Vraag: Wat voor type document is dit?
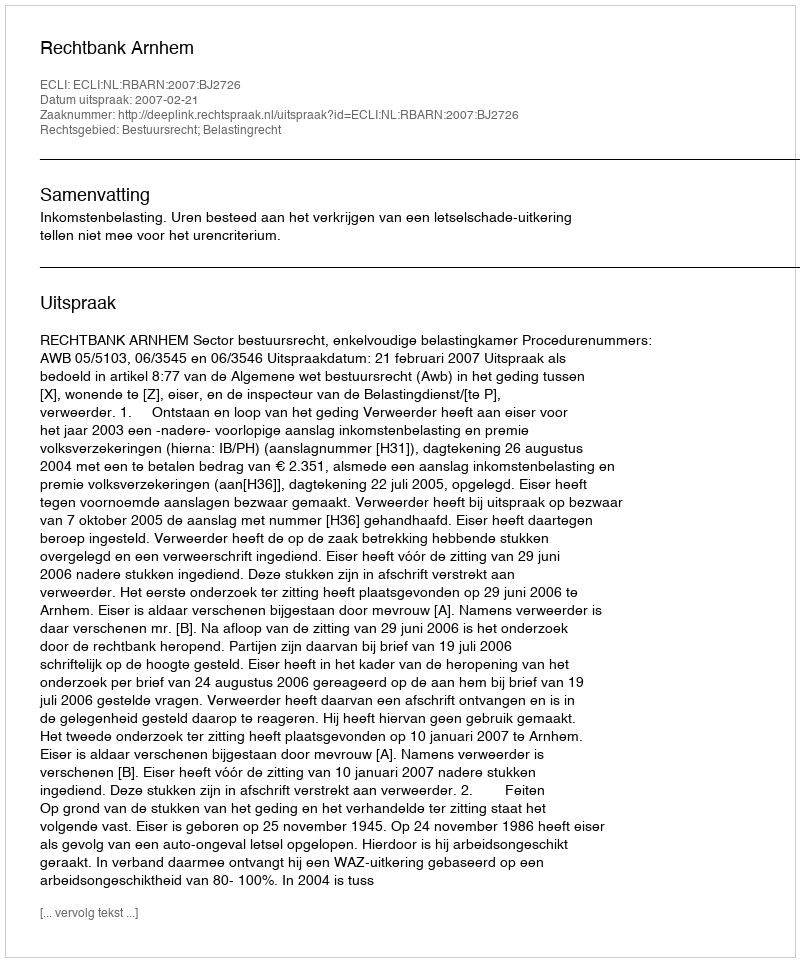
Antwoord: Uitspraak